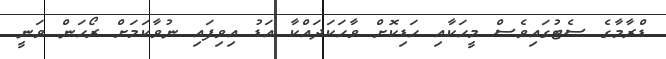
ޑްރާމާގެ ސެޓުގައިވެސް މީހަކާއި ހަޑިކޮށް ވާހަކަދައްކާ އަޑު އިވިފައި ނުވާކަމަށް ރޯހަން ވަނީ